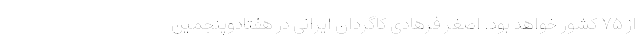
از ۷۵ کشور خواهد بود. اصغر فرهادی کاگردان ایرانی در هفتادوپنجمین